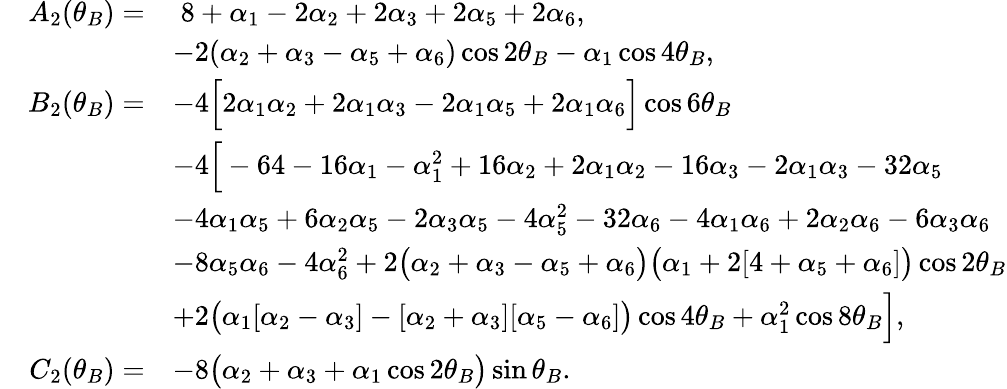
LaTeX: \begin{array}{rl}{\quad A_{2}(\theta_{B})=}&{\; 8+\alpha_{1}-2\alpha_{2}+2\alpha_{3}+2\alpha_{5}+2\alpha_{6},}\\ &{-2(\alpha_{2}+\alpha_{3}-\alpha_{5}+\alpha_{6})\cos{2\theta_{B}}-\alpha_{1}\cos{4\theta_{B}},}\\ {B_{2}(\theta_{B})=}&{-4\Big[2\alpha_{1}\alpha_{2}+2\alpha_{1}\alpha_{3}-2\alpha_{1}\alpha_{5}+2\alpha_{1}\alpha_{6}\Big]\cos{6\theta_{B}}}\\ &{-4\Big[-64-16\alpha_{1}-\alpha_{1}^{2}+16\alpha_{2}+2\alpha_{1}\alpha_{2}-16\alpha_{3}-2\alpha_{1}\alpha_{3}-32\alpha_{5}}\\ &{-4\alpha_{1}\alpha_{5}+6\alpha_{2}\alpha_{5}-2\alpha_{3}\alpha_{5}-4\alpha_{5}^{2}-32\alpha_{6}-4\alpha_{1}\alpha_{6}+2\alpha_{2}\alpha_{6}-6\alpha_{3}\alpha_{6}}\\ &{-8\alpha_{5}\alpha_{6}-4\alpha_{6}^{2}+2\big(\alpha_{2}+\alpha_{3}-\alpha_{5}+\alpha_{6}\big)\big(\alpha_{1}+2[4+\alpha_{5}+\alpha_{6}]\big)\cos{2\theta_{B}}}\\ &{+2\big(\alpha_{1}[\alpha_{2}-\alpha_{3}]-[\alpha_{2}+\alpha_{3}][\alpha_{5}-\alpha_{6}]\big)\cos{4\theta_{B}}+\alpha_{1}^{2}\cos{8\theta_{B}}\Big],}\\ {C_{2}(\theta_{B})=}&{-8\big(\alpha_{2}+\alpha_{3}+\alpha_{1}\cos{2\theta_{B}}\big)\sin{\theta_{B}}.}\end{array}